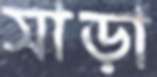
সাড়া